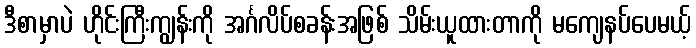
ဒီစာမှာပဲ ဟိုင်းကြီးကျွန်းကို အင်္ဂလိပ်စခန်းအဖြစ် သိမ်းယူထားတာကို မကျေနပ်ပေမယ့်